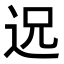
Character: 𮞈